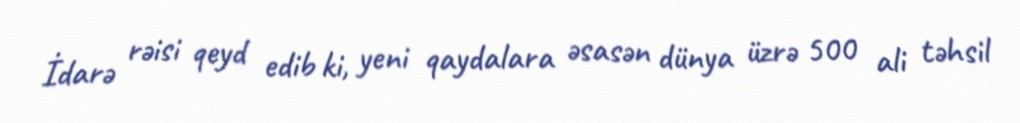
İdarə rəisi qeyd edib ki, yeni qaydalara əsasən dünya üzrə 500 ali təhsil